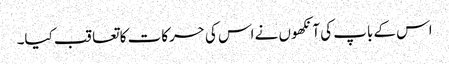
اس کے باپ کی آنکھوں نے اس کی حرکات کا تعاقب کیا۔